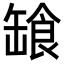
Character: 𩛕